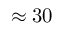
\approx 3 0